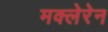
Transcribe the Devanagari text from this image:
मक्लेरेन